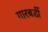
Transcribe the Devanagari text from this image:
गारबर्डी